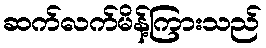
ဆက်လက်မိန့်ကြားသည်